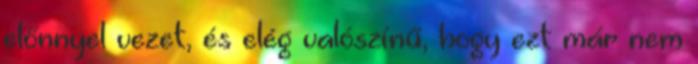
előnnyel vezet, és elég valószínű, hogy ezt már nem